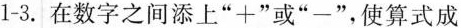
1-3. 在数字之间添上”+”或”-”，使算式成